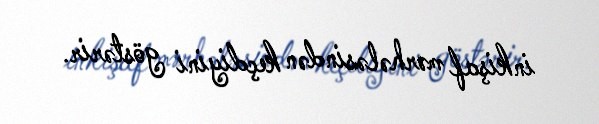
inkişaf mərhələsindən keçdiyini göstərir.